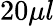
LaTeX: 20\mu l